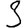
Digit: 3